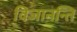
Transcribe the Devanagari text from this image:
विजानन्ति